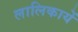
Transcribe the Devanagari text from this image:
लालिकायें